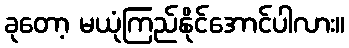
ခုတော့ မယုံကြည်နိုင်အောင်ပါလား။